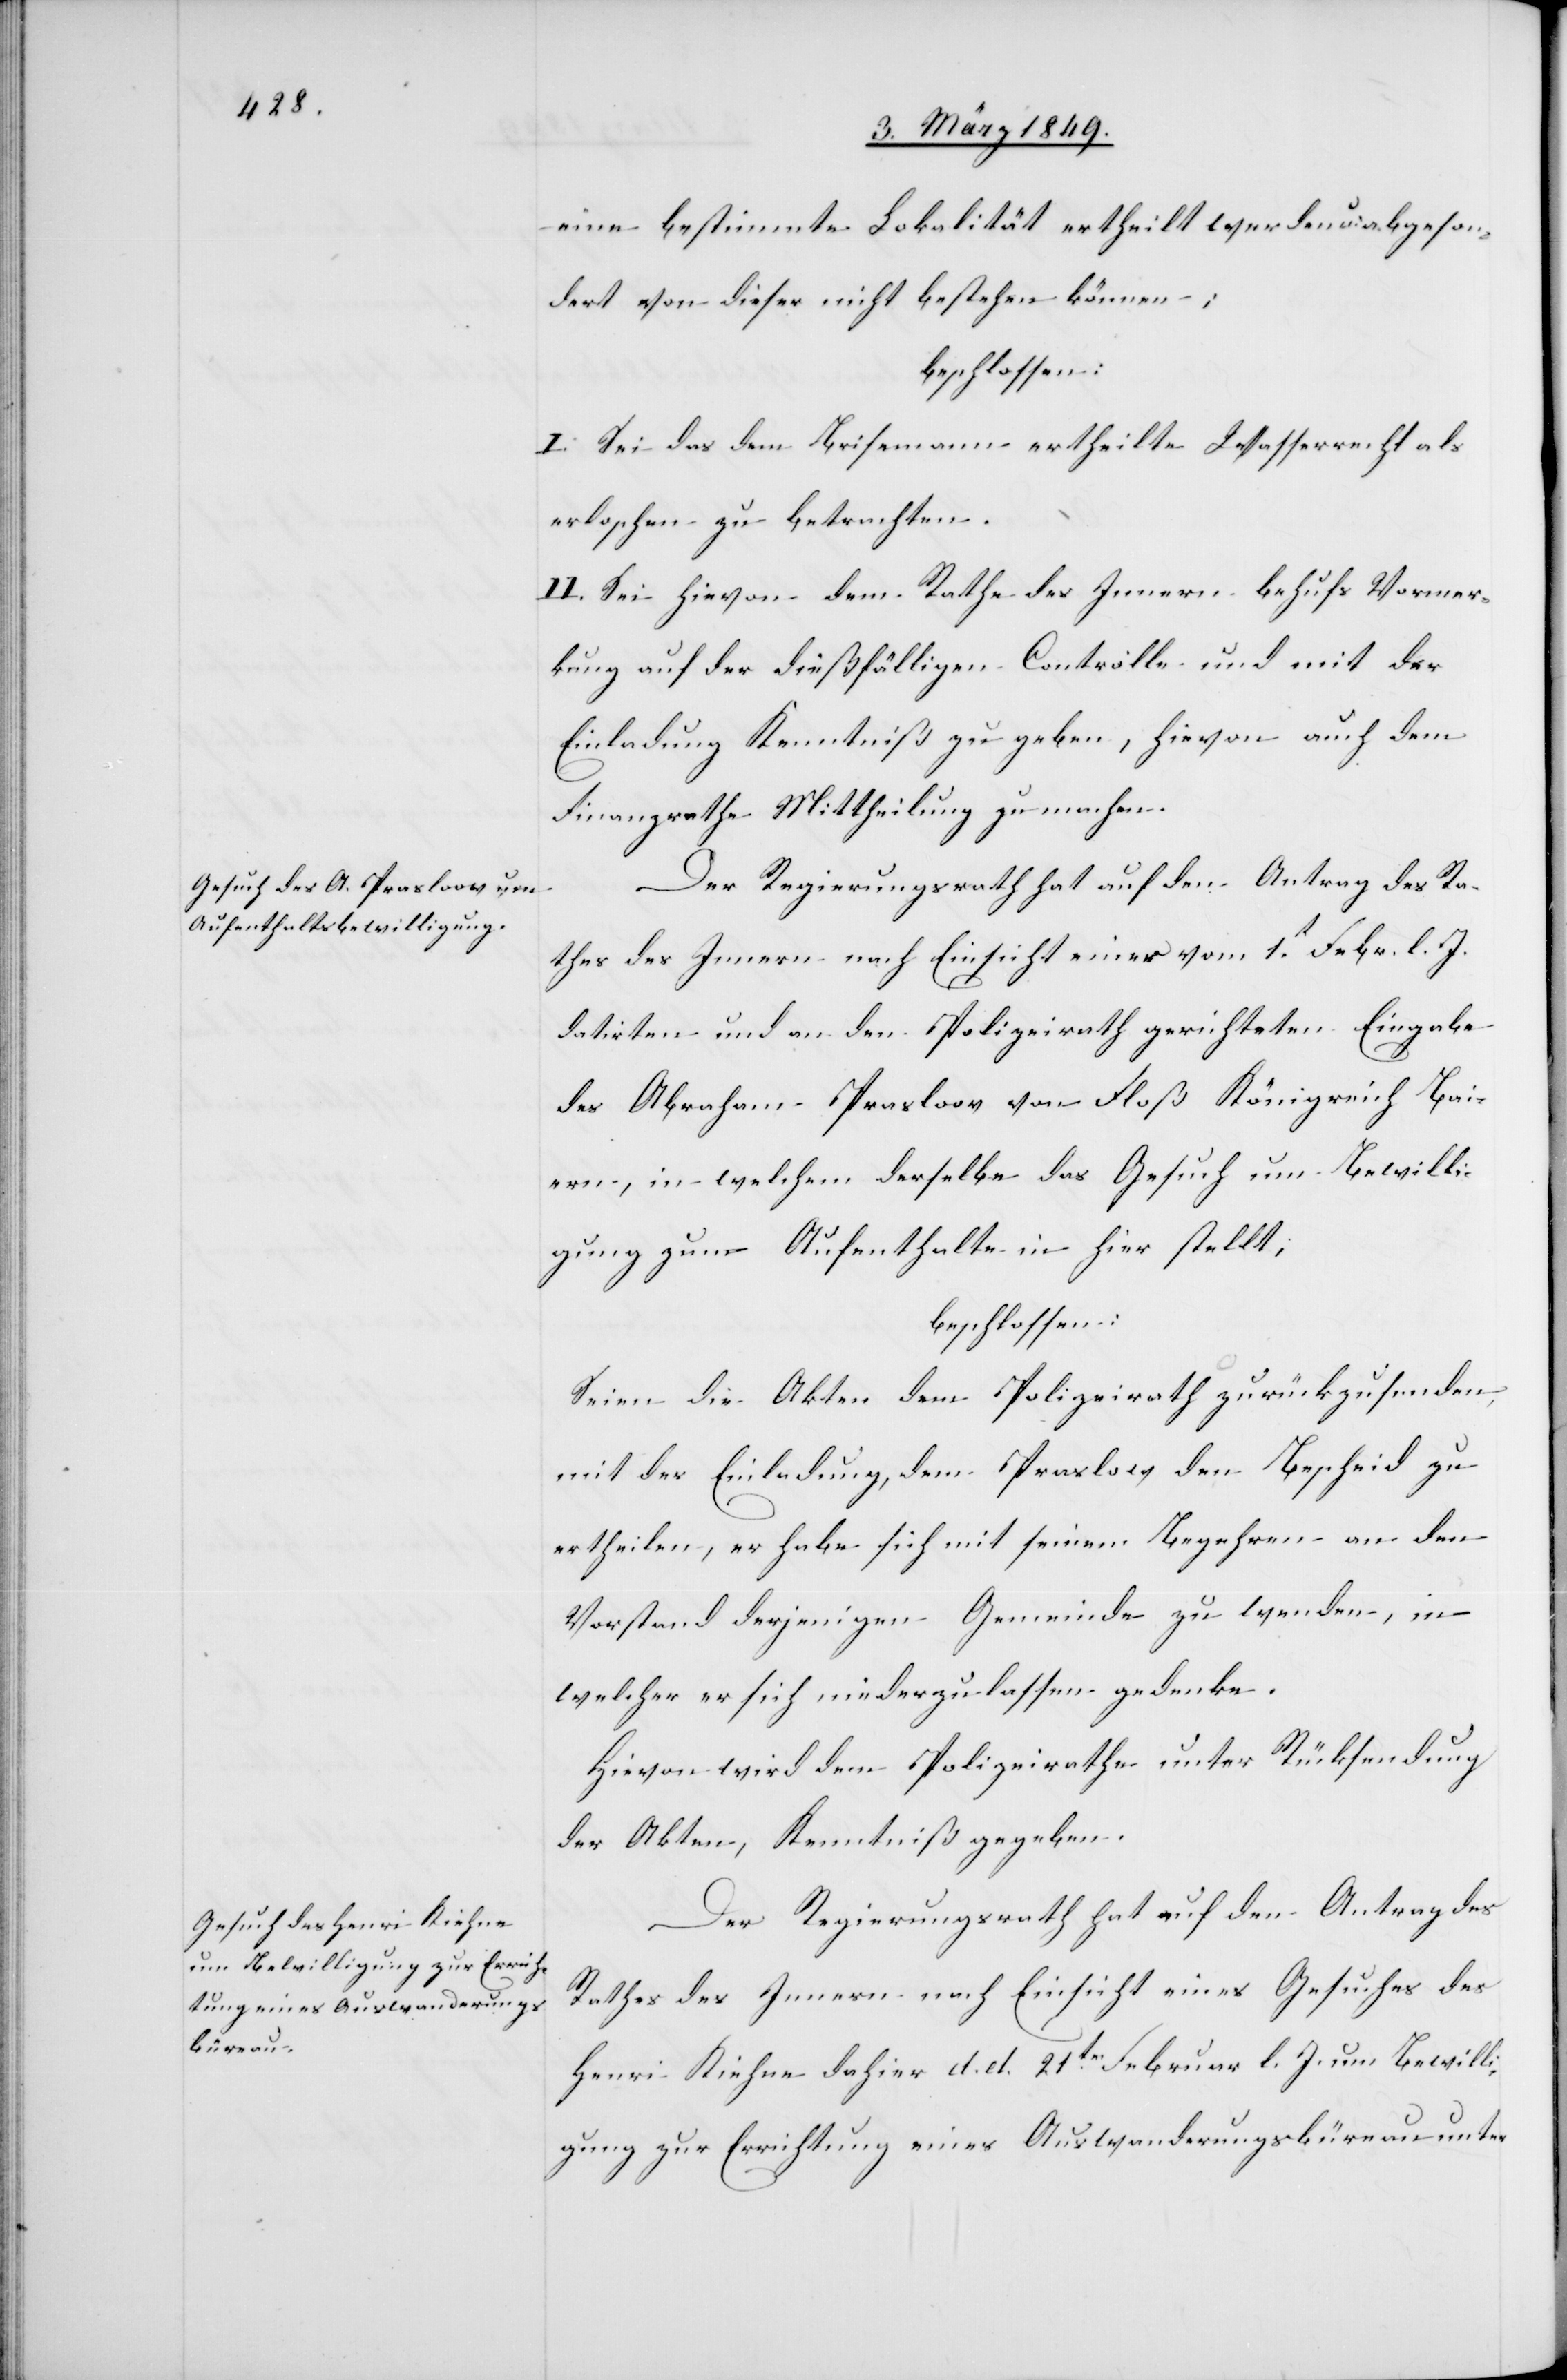
eine bestimmte Lokalität ertheilt werden u: abgeson¬
dert von dieser nicht bestehen können;
beschlossen:
I. Sei das dem Brisemann ertheilte Wasserrecht als
erloschen zu betrachten.
II. Sei hievon dem Rathe des Innern behufs Vormer¬
kung auf der dießfälligen Controlle und mit der
Einladung Kenntniß zu geben, hievon auch dem
Finanzrathe Mittheilung zu machen.
Der Regierungsrath hat auf den Antrag des Ra¬
thes des Innern nach Einsicht einer vom 1t. Febr. l. J.
datirten und an den Polizeirath gerichteten Eingabe
des Abraham Prasloov von Floß Königreich Bai¬
ern, in welchem derselbe das Gesuch um Bewilli¬
gung zum Aufenthalte in hier stellt;
beschlossen:
Seien die Akten dem Polizeirath zurückzusenden,
mit der Einladung, dem Praslov [sic!] den Bescheid zu
ertheilen, er habe sich mit seinem Begehren an den
Vorstand derjenigen Gemeinde zu wenden, in
welcher er sich niederzulassen gedenke.
Hievon wird dem Polizeirathe unter Rücksendung
der Akten, Kenntniß gegeben.
Der Regierungsrath hat auf den Antrag des
Rathes des Innern nach Einsicht eines Gesuches des
Henri Kiehne dahier d. d. 21ten. Februar l. J. um Bewilli¬
gung zur Errichtung eines Auswanderungsbüreau unter